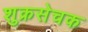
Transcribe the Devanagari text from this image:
शुक्रसेचक